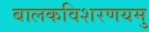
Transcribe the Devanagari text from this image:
बालकविशरणयमु